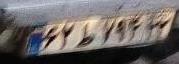
۶۲ط۷۹۴۲۲